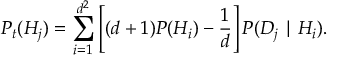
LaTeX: P _ { t } ( H _ { j } ) = \sum _ { i = 1 } ^ { d ^ { 2 } } \left[ ( d + 1 ) P ( H _ { i } ) - { \frac { 1 } { d } } \right] P ( D _ { j } \mid H _ { i } ) .